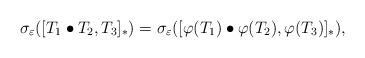
LaTeX: \begin{align*}\sigma_{\varepsilon}([T_{1}\bullet T_{2},T_{3}]_{\ast})=\sigma_{\varepsilon}([\varphi(T_{1})\bullet \varphi(T_{2}),\varphi(T_{3})]_{\ast}),\end{align*}